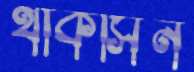
থাকসিন